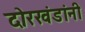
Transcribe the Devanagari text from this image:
दोरखंडांनी